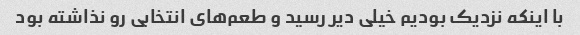
با اینکه نزدیک بودیم خیلی دیر رسید و طعم‌های انتخابی رو نذاشته بود